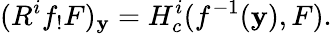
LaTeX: (R^{i}f_{!}F)_{\mathbf{y}}=H_{c}^{i}(f^{-1}(\mathbf{y}),F).